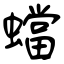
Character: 蟷